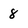
Character: 8